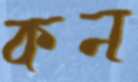
কন